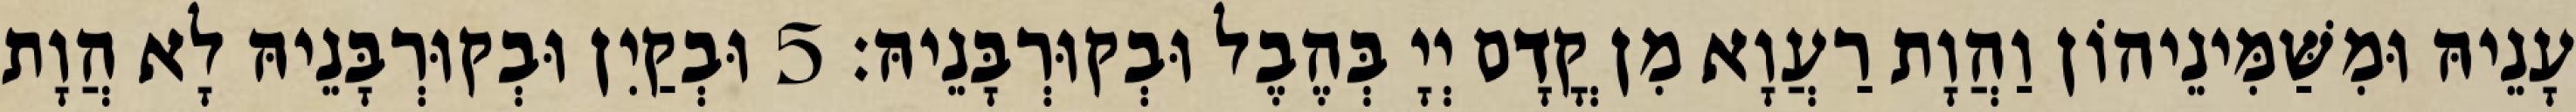
עָנֵיהּ וּמִשַּׁמִּינֵיהוֹן וַהֲוָת רַעֲוָא מִן קֳדָם יְיָ בְּהֶבֶל וּבְקוּרְבָּנֵיהּ׃ 5 וּבְקַיִן וּבְקוּרְבָּנֵיהּ לָא הֲוָת